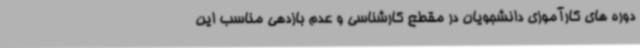
دوره های کارآموزی دانشجویان در مقطع کارشناسی و عدم بازدهی مناسب این